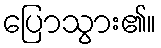
ပြောသွား၏။